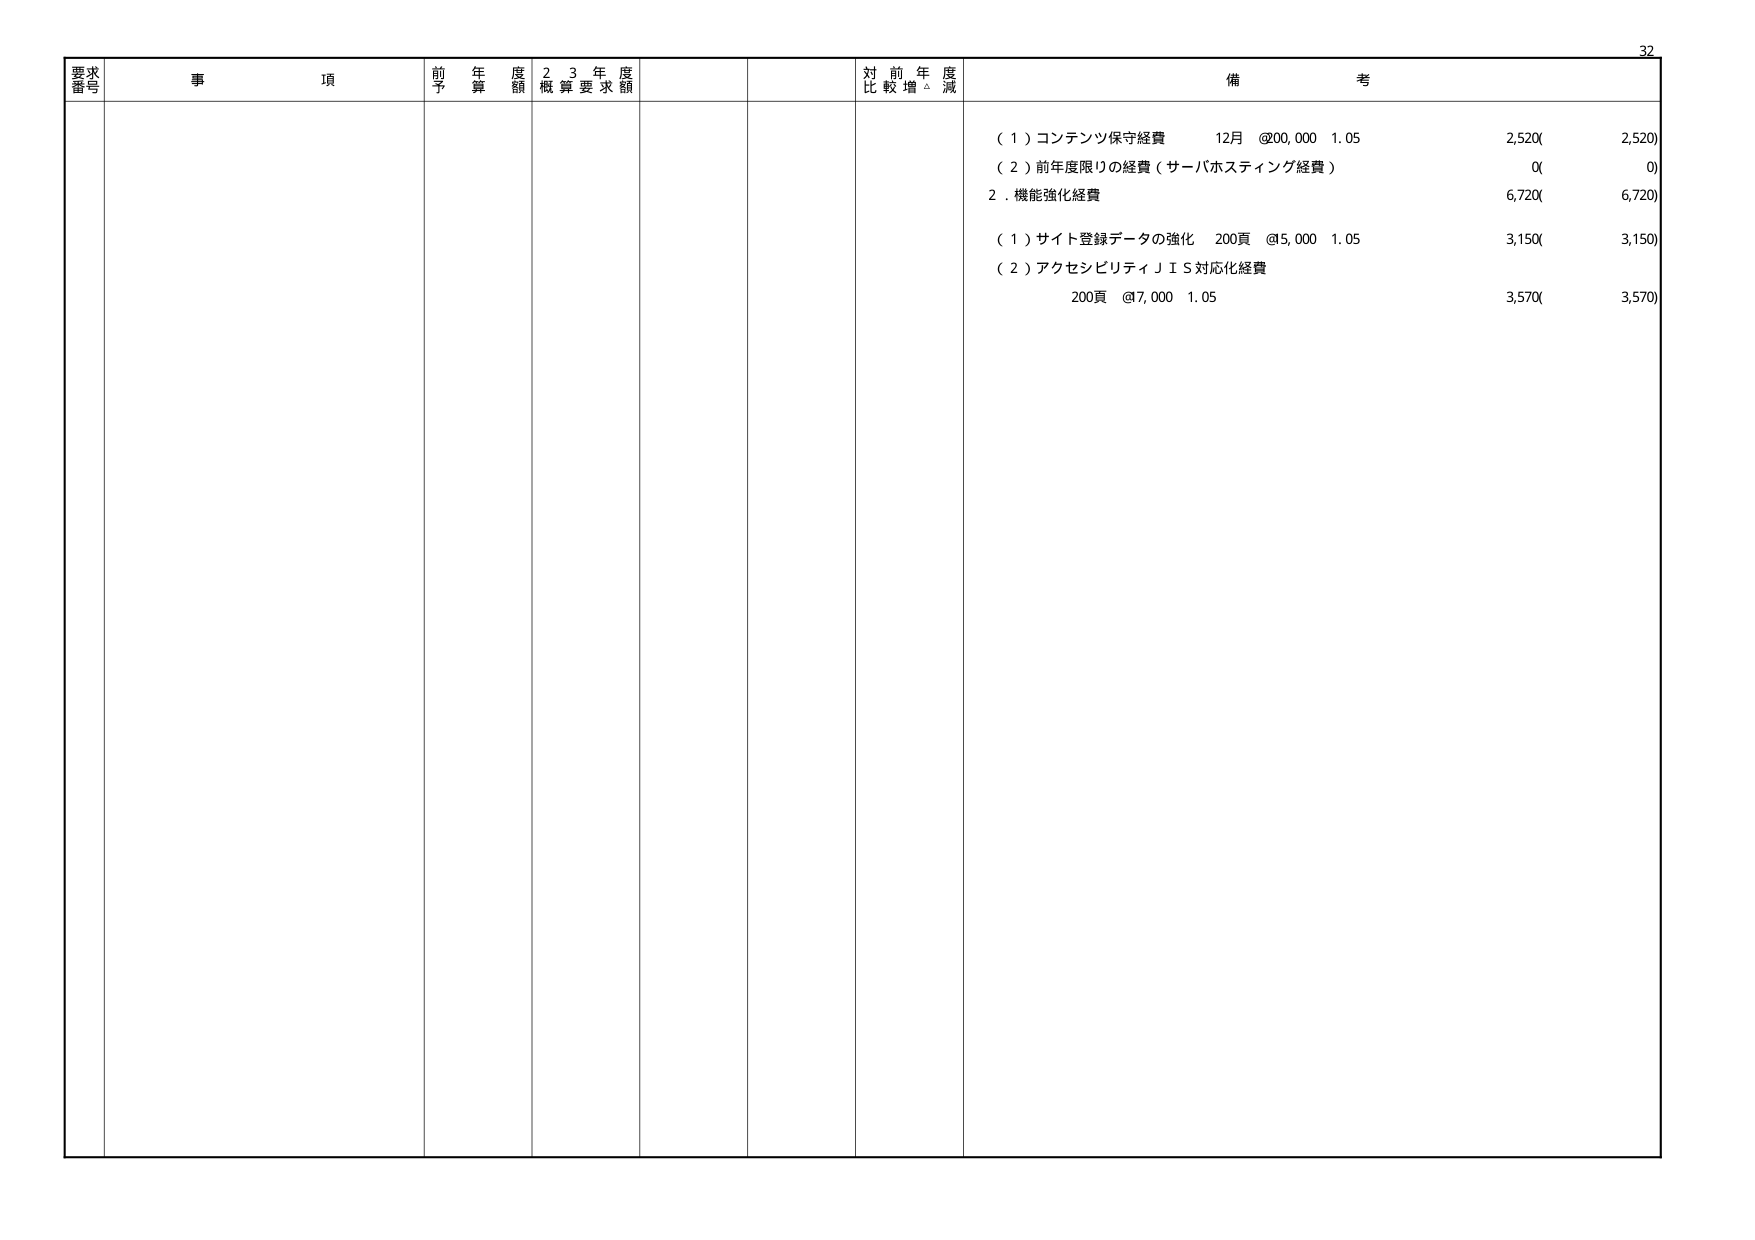
32
要求番号 事項 前年度予算額 23年度概算要求額 対前年度比較増減 備考
（１）コンテンツ保守経費 12月 @00,000 1.05 2,520( 2,520)
（２）前年度限りの経費（サーバホスティング経費） 0( 0)
２．機能強化経費 6,720( 6,720)
（１）サイト登録データの強化 200頁 @5,000 1.05 3,150( 3,150)
（２）アクセシビリティＪＩＳ対応化経費
200頁 @7,000 1.05 3,570( 3,570)